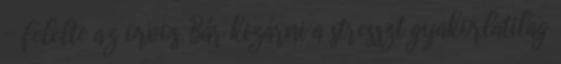
- felelte az orvos. Bár kizárni a stresszt gyakorlatilag